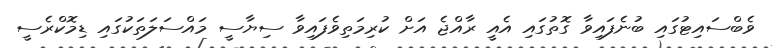
ވެބްސައިޓުގައި ބުނެފައިވާ ގޮތުގައި އެއީ ރާއްޖެ އަށް ކުރިމަތިވެފައިވާ ސިޔާސީ މައްސަލަތަކުގައި ޑިމޮކްރެސީ